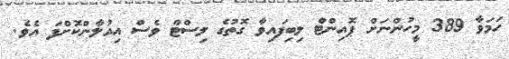
ހަމަވާ 389 މީހުންނަށް ޕޮއިންޓް ލިބިފައިވާ ގޮތުގެ ލިސްޓް ވެސް އިއުލާންކޮށްފަ އެވެ.